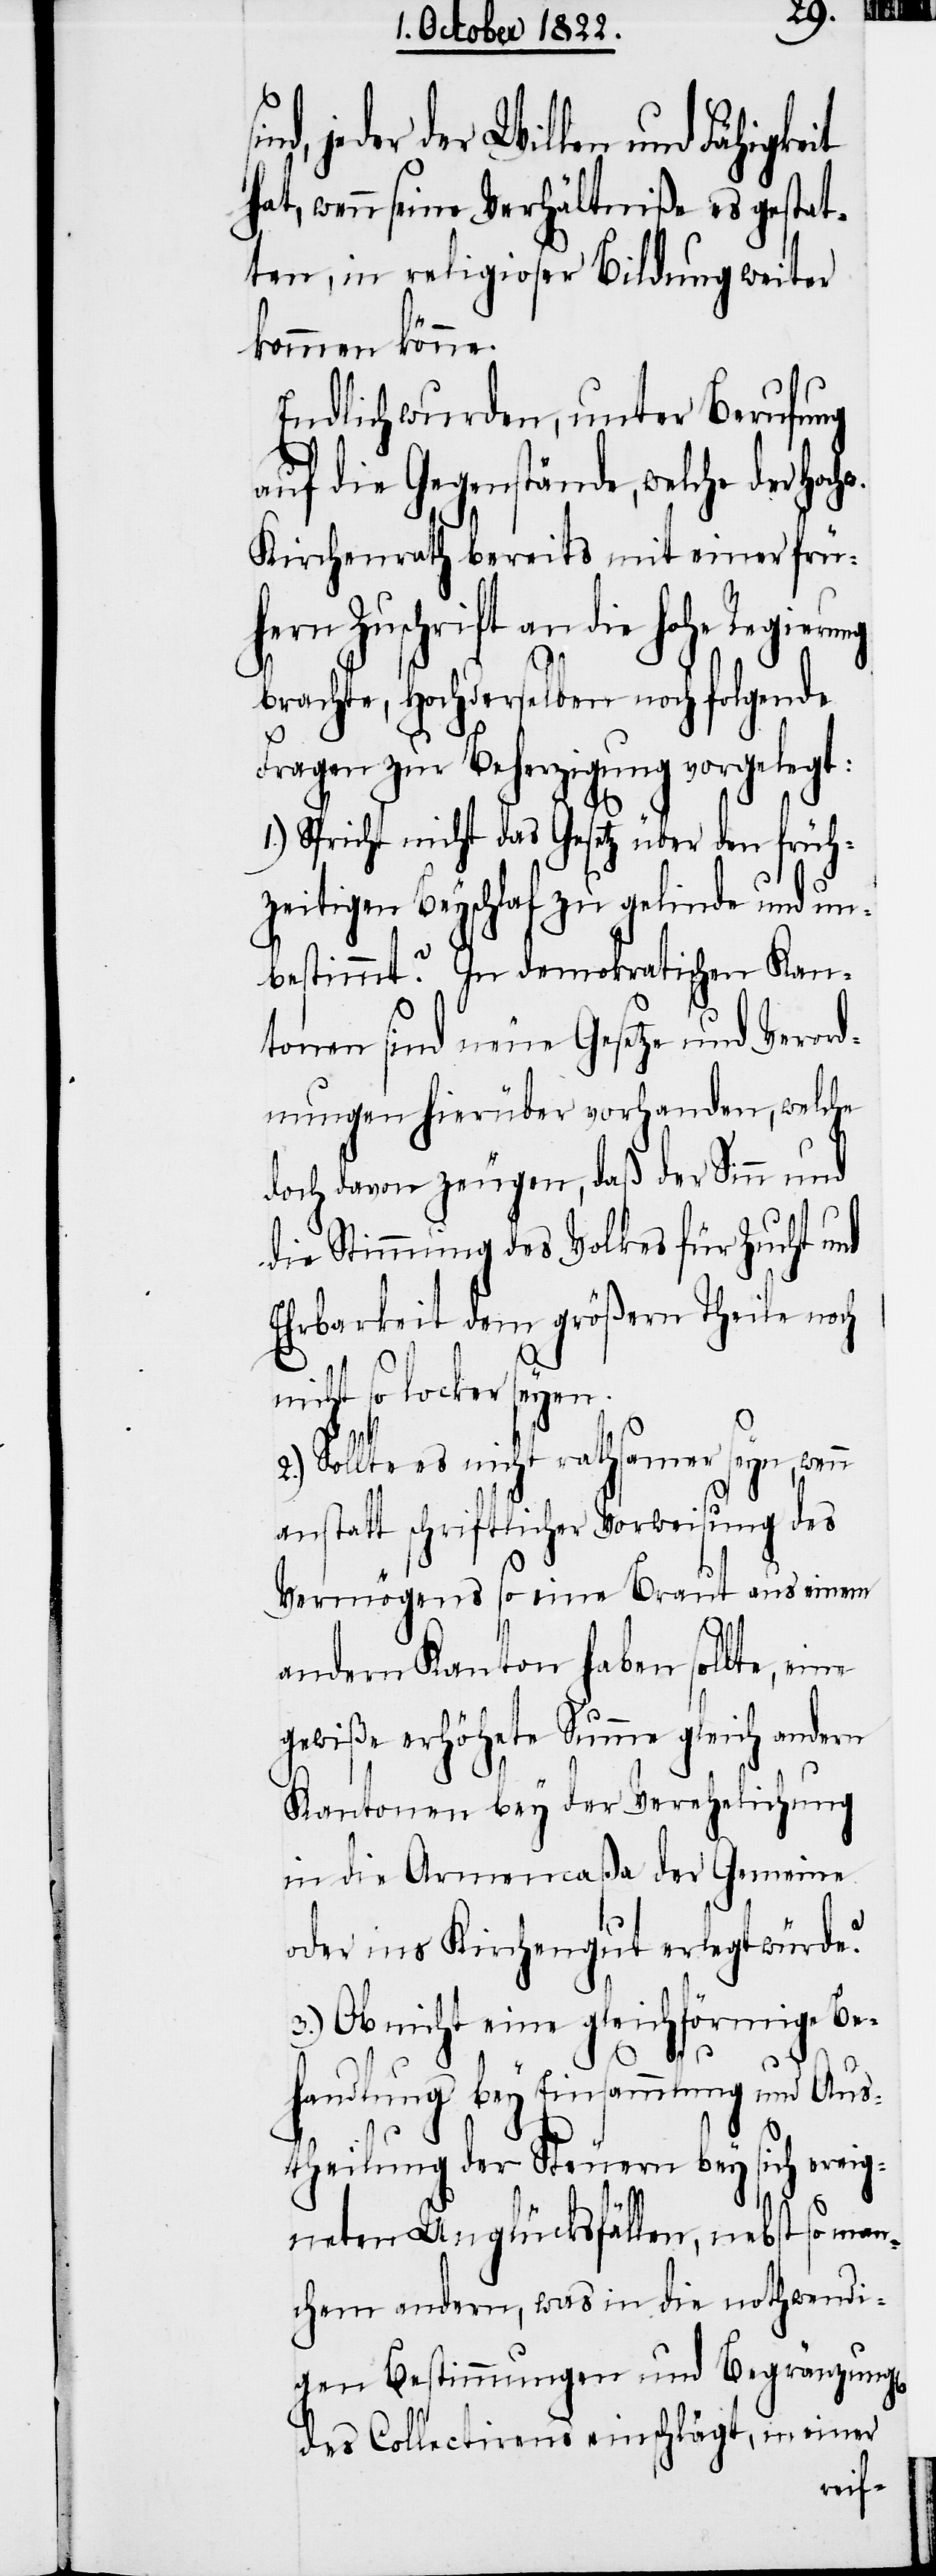
hw.
nd, jeder der Willen und Fähigkeit
hat, wenn seine Verhältniße es gestat¬
ten, in religioser Bildung weiter
kommen könne.
Endlich wurden, unter Berufung
auf die Gegenstände, welche der Hoc¬
Kirchenrath bereits mit einer früh¬
ern Zuschrift an die hohe
brachte Hochderselben noch folgende
Fragen zur Beherzigung vorgelegt:
1.) Spricht nicht das Gesetz über den früh¬
zeitigen Beyschlaf zu gelinde und un¬
bestimmt? In demokratischen Kan¬
tonen sind neue Gesetze und Verord¬
nungen hierüber vorhanden, welche
doch davon zeugen, daß der Sinn und
die Stimmung des Volkes für Zucht und
Ehrbarkeit dem größern Theile noch
nicht so locker seyen.
Sollte es nicht rathsamer seyn, wenn
antstatt schriftlicher Vorweisung des
Vermögens so eine Braut aus einem
n]
andern Kanton haben sollte, eine
gewiße erhöhete Summe gleich andern
Kantonen bey der Verehelichung
in die Armencaßa der Gemeine
oder ins Kirchengut erlegt würde?
3.) Ob nicht eine gleichförmige Be¬
handlung bey Einsammlung und Aus¬
theilung der Steuern bey sich ereig¬
neten Unglücksfällen, nebst so man¬
chem andern, was in die nothwendi¬
gen Bestimmungen und Begränzung[e¬
des Collectirens einschlägt, in einer